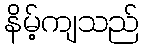
နိမ့်ကျသည်